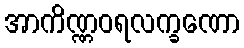
အာကိဏ္ဏဝရလက္ခဏော